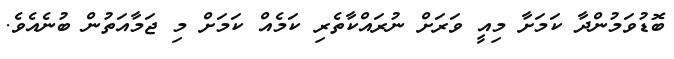
ބޮޑުވަމުންދާ ކަމަށާ މިއީ ވަރަށް ނުރައްކާތެރި ކަމެއް ކަމަށް މި ޖަމާއަތުން ބުނެއެވެ.